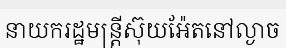
នាយករដ្ឋមន្ត្រីស៊ុយអ៉ែតនៅល្ងាច